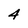
Character: 4